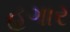
હગાર